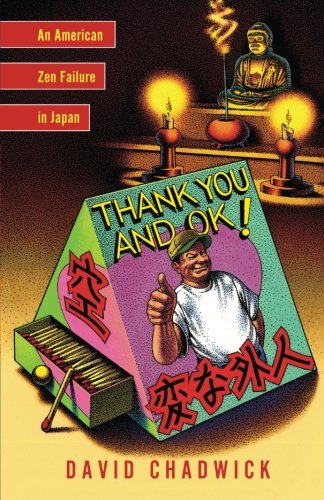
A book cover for Thank You and Ok!: An American Zen Failure in Japan; David Chadwick; Biographies & Memoirs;